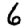
Digit: 6